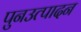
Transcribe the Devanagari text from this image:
पुनउत्पादन